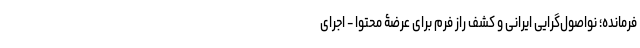
فرمانده؛ نواصول‌گرایی ایرانی و کشف راز فرم برای عرضۀ محتوا - اجرای